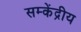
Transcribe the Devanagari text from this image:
सम्केंद्रीय